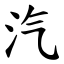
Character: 汽